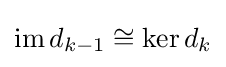
{\textstyle \mathrm {im} \,d_{k-1}\cong \mathrm {ker} \,d_{k}}